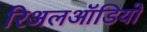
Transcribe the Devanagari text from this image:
रिअलऑडियो